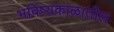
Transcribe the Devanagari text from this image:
भविष्यकाळातील